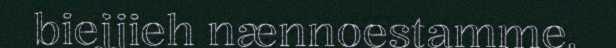
biejjieh nænnoestamme,